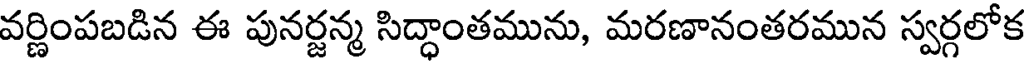
వర్ణింపబడిన ఈ పునర్జన్మ సిద్ధాంతమును, మరణానంతరమున స్వర్గలోక